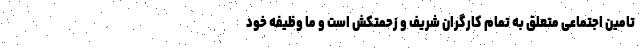
تامین اجتماعی متعلق به تمام کارگران شریف و زحمتکش است و ما وظیفه خود